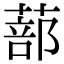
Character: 蔀